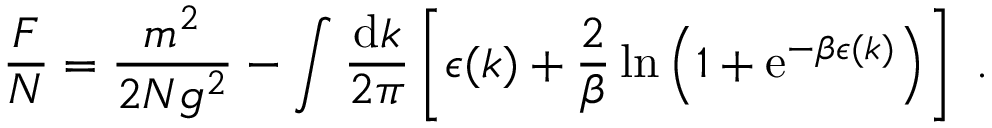
\frac { { \cal F } } { N } = \frac { m ^ { 2 } } { 2 N g ^ { 2 } } - \int \frac { \mathrm { d } k } { 2 \pi } \left[ \epsilon ( k ) + \frac { 2 } { \beta } \ln \left( 1 + \mathrm { e } ^ { - \beta \epsilon ( k ) } \right) \right] \ .